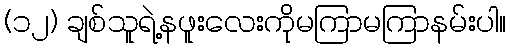
(၁၂) ချစ်သူရဲ့နဖူးလေးကိုမကြာမကြာနမ်းပါ။